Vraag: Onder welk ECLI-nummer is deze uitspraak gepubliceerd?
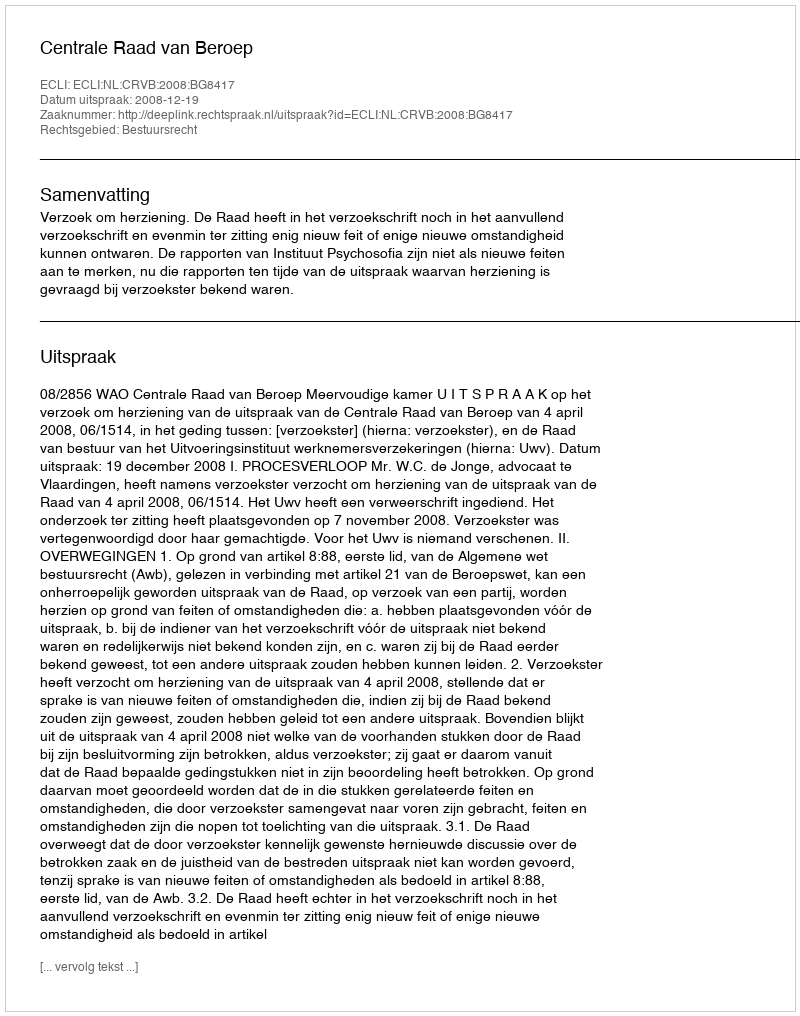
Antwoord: ECLI:NL:CRVB:2008:BG8417